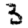
Digit: 3